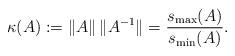
LaTeX: \begin{align*}\kappa(A):=\lVert A\rVert\,\lVert A^{-1}\rVert=\frac{s_{\max}(A)}{s_{\min}(A)}.\end{align*}